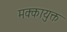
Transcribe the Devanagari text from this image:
मक्कायुक्त